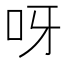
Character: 呀